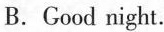
B.Good night.